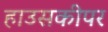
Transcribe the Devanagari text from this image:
हाउसकीपर